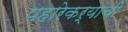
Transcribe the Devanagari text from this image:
पहारेकर्यांची